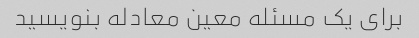
برای یک مسئله معین معادله بنویسید